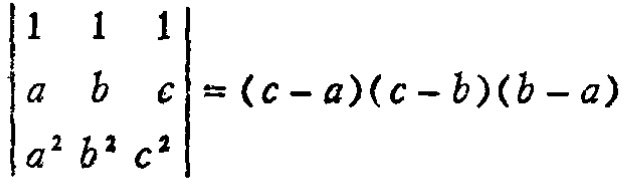
$\begin{vmatrix}

1 & 1 & 1 \\

a & b & c \\

a^{2} & b^{2} & c^{2}

\end{vmatrix}=(c - a)(c - b)(b - a)$